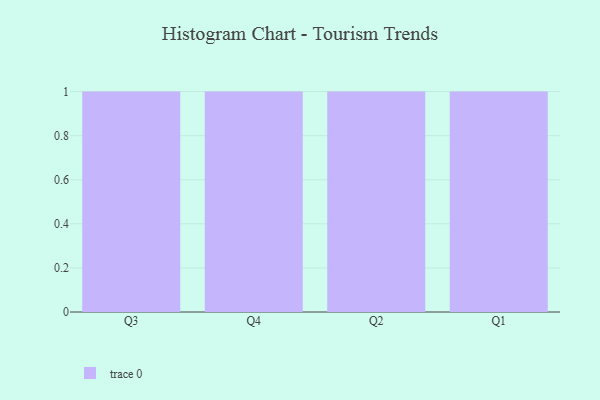
{"axis": {"x": "Quarter", "y": "Churn Rate (%)"}, "legend": [""], "data": [{"x": "Q3", "y": 78, "type": ""}, {"x": "Q4", "y": 39, "type": ""}, {"x": "Q2", "y": 61, "type": ""}, {"x": "Q1", "y": 41, "type": ""}]}